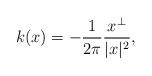
LaTeX: \begin{align*}k(x)=- \frac{1}{2\pi}\frac{x^{\perp}}{|x|^2}, \end{align*}